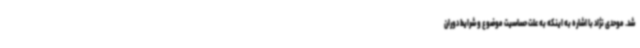
شد. موحدی نژاد با اشاره به اینکه به علت حساسیت موضوع و شرایط دوران